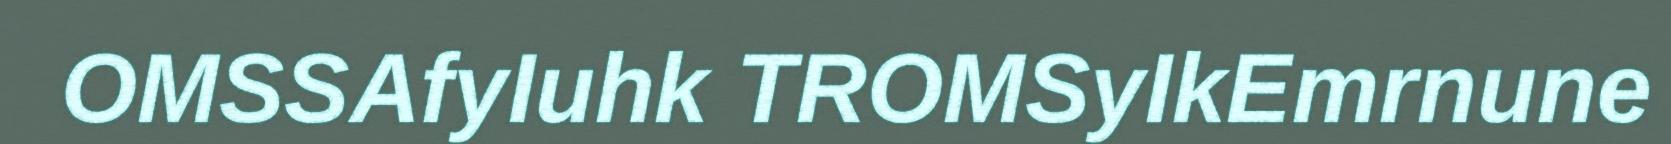
OMSSAfyIuhk TROMSyIkEmrnune